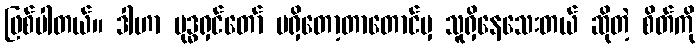
ဖြစ်ပါတယ်။ ဒါဟာ ဗုဒ္ဓရှင်တော် မရှိတော့တာတောင်မှ သူရှိနေသေးတယ် ဆိုတဲ့ စိတ်ကို